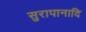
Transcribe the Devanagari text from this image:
सुरापानादि